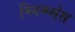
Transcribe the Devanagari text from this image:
ग्लिम्प्सेस